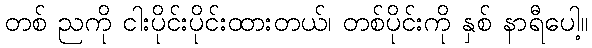
တစ် ညကို ငါးပိုင်းပိုင်းထားတယ်၊ တစ်ပိုင်းကို နှစ် နာရီပေါ့။